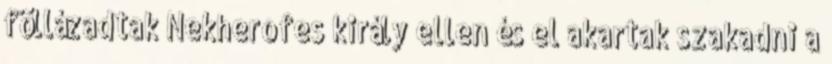
föllázadtak Nekherofes király ellen és el akartak szakadni a